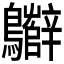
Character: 𪇷